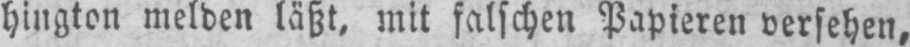
hington melden läßt, mit falschen Papieren versehen,